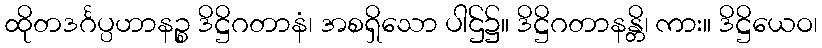
ထိုတဒင်္ဂပ္ပဟာနဉ္စ ဒိဋ္ဌိဂတာနံ၊ အစရှိသော ပါဌ်၌။ ဒိဋ္ဌိဂတာနန္တိ၊ ကား။ ဒိဋ္ဌိယေဝ၊